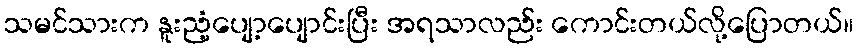
သမင်သားက နူးညံ့ပျော့ပျောင်းပြီး အရသာလည်း ကောင်းတယ်လို့ပြောတယ်။